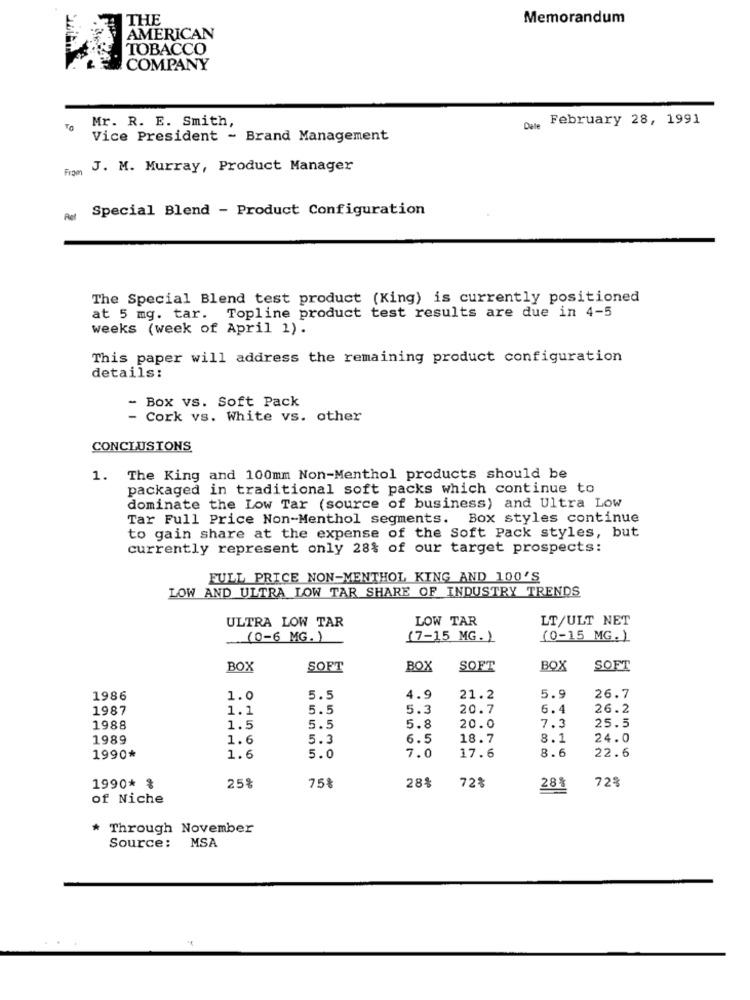
THE
Memorandum
AMERICAN
TOBACCO
COMPANY
Mr. R. E. Smith,
Dale February 28, 1991
Vice President - Brand Management
From
J. M. Murray, Product Manager
Special Blend - Product Configuration
Ret
The Special Blend test product (King) is currently positioned
at 5 mg. tar. Topline product test results are due in 4-5
weeks (week of April 1).
This paper will address the remaining product configuration
details:
- Box vs. Soft Pack
- Cork vs. White vs. other
CONCLUSIONS
1. The King and 100mm Non-Menthol products should be
packaged in traditional soft packs which continue to
dominate the Low Tar (source of business) and Ultra Low
Tar Full Price Non-Menthol segments. Box styles continue
to gain share at the expense of the Soft Pack styles, but
currently represent only 28% of our target prospects:
FULL PRICE NON-MENTHOL KING AND 100'S
LOW AND ULTRA LOW TAR SHARE OF INDUSTRY TRENDS
ULTRA LOW TAR
LOW TAR
LT/ULT NET
(0-6 MG. )
(7-15 MG. )
(0-15 MG.)
BOX
SOFT
BOX
SOFT
BOX
SOFT
1986
1.0
5.5
4.9
21.2
5.9
26.7
1987
1.1
5.5
5.3
20.7
6.4
26.2
1988
1.5
5.5
5.8
20.0
7.3
25.5
1989
1.6
5.3
6.5
18.7
8.1
24.0
8.6
1990*
1.6
5.0
7.0
17.6
22.6
28%
72%
1990* %
25%
75%
72%
28%
of Niche
* Through November
Source: MSA